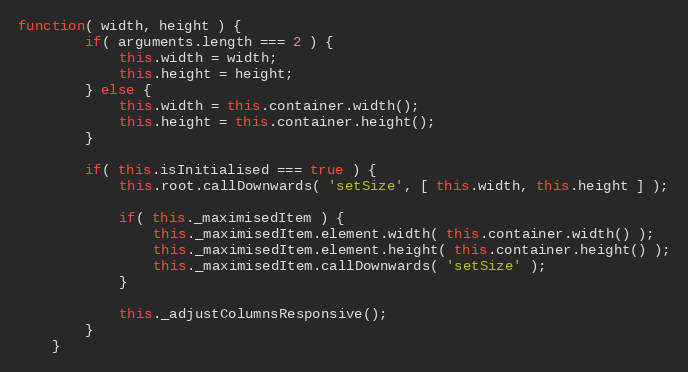
Language: JavaScript
function( width, height ) {
		if( arguments.length === 2 ) {
			this.width = width;
			this.height = height;
		} else {
			this.width = this.container.width();
			this.height = this.container.height();
		}

		if( this.isInitialised === true ) {
			this.root.callDownwards( 'setSize', [ this.width, this.height ] );

			if( this._maximisedItem ) {
				this._maximisedItem.element.width( this.container.width() );
				this._maximisedItem.element.height( this.container.height() );
				this._maximisedItem.callDownwards( 'setSize' );
			}

			this._adjustColumnsResponsive();
		}
	}